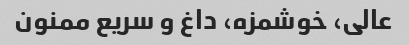
عالی، خوشمزه، داغ و سریع ممنون